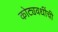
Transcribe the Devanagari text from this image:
कोट्यवधींची